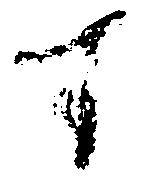
す